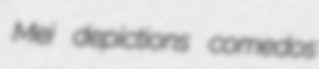
Mei depictions comedos